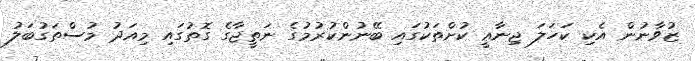
ޒުވާނުން އެކި ކަހަލަ ޖިނާޢީ ކުށްތަކުގައި ބޭނުންކުރުމުގެ ނަތީޖާގެ ގޮތުގައި މިއަދު މުސްތަގުބަލު